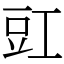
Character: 豇